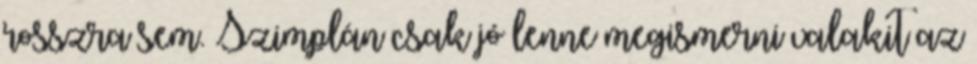
rosszra sem. Szimplán csak jó lenne megismerni valakit az